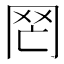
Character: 𦉸